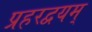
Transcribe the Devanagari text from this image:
प्रहरद्वयम्